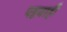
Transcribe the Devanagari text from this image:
पट्टवाही